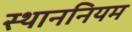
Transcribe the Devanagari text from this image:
स्थाननियम